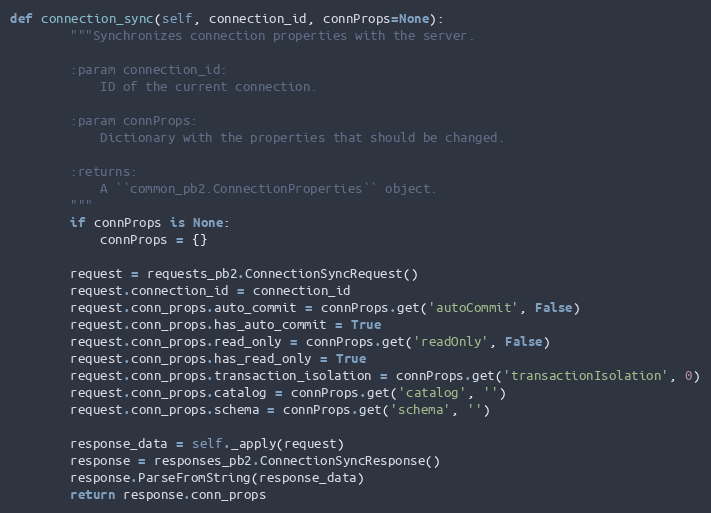
Language: Python
def connection_sync(self, connection_id, connProps=None):
        """Synchronizes connection properties with the server.

        :param connection_id:
            ID of the current connection.

        :param connProps:
            Dictionary with the properties that should be changed.

        :returns:
            A ``common_pb2.ConnectionProperties`` object.
        """
        if connProps is None:
            connProps = {}

        request = requests_pb2.ConnectionSyncRequest()
        request.connection_id = connection_id
        request.conn_props.auto_commit = connProps.get('autoCommit', False)
        request.conn_props.has_auto_commit = True
        request.conn_props.read_only = connProps.get('readOnly', False)
        request.conn_props.has_read_only = True
        request.conn_props.transaction_isolation = connProps.get('transactionIsolation', 0)
        request.conn_props.catalog = connProps.get('catalog', '')
        request.conn_props.schema = connProps.get('schema', '')

        response_data = self._apply(request)
        response = responses_pb2.ConnectionSyncResponse()
        response.ParseFromString(response_data)
        return response.conn_props